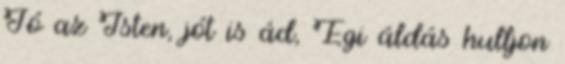
Jó az Isten, jót is ád, Égi áldás hulljon